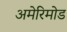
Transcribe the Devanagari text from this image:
अमेरिमोड